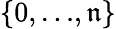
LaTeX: \left\{ 0,{\ldots},\mathfrak{n}\right\}